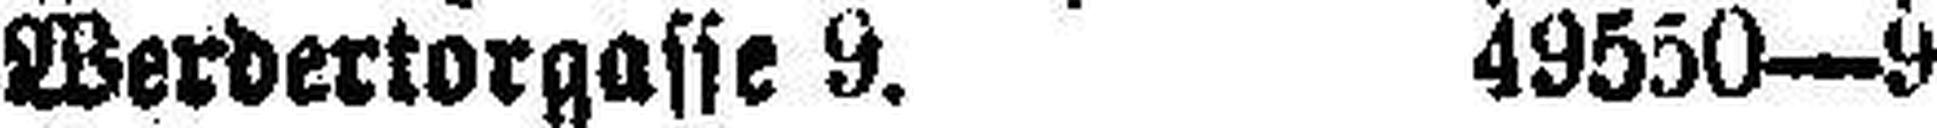
Werdertorgasse 9. 49550—9